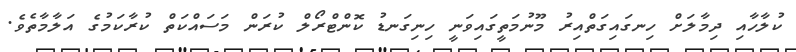
ކުލާހާއި ދިމާލަށް ހިނގައިގަތްއިރު މޫނުމަތީގައިވަނީ ހިނިގަނޑު ކޮންްޓްރޯލް ކުރަން މަސައްކަތް ކުރާކަމުގެ އަލާމާތެވެ.